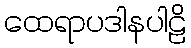
ထေရာပဒါနပါဠိ